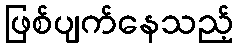
ဖြစ်ပျက်နေသည့်